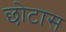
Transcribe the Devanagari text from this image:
छोटास